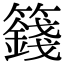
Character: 籛